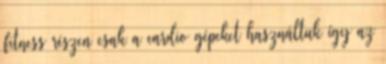
fitness részen csak a cardio gépeket használtuk így az